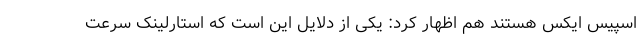
اسپیس ایکس هستند هم اظهار کرد: یکی از دلایل این است که استارلینک سرعت